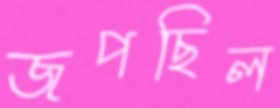
জপছিল